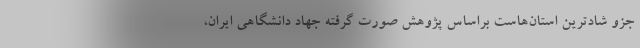
جزو شادترین استان‌هاست براساس پژوهش صورت گرفته جهاد دانشگاهی ایران،